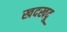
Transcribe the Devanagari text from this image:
खदखदू